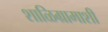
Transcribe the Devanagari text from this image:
शाळिग्रामाशी